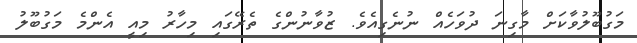
މަގުބޫލުވާކަށް މާގިނަ ދުވަހެއް ނުނެގިއެވެ. ޒުވާނުންގެ ތެރޭގައި މިހާރު މިއީ އެންމެ މަގުބޫލު